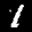
Label: 1